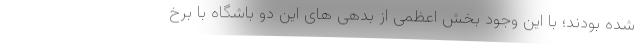
شده بودند؛ با این وجود بخش اعظمی از بدهی های این دو باشگاه با برخ